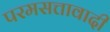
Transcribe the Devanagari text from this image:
परमसत्तावादी